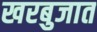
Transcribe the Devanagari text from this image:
खरबुजात